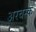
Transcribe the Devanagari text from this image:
अरबस्क